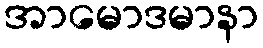
အာမောဒမာနာ